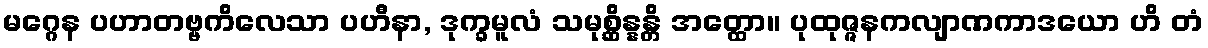
မဂ္ဂေန ပဟာတဗ္ဗကိလေသာ ပဟီနာ, ဒုက္ခမူလံ သမုစ္ဆိန္နန္တိ အတ္ထော။ ပုထုဇ္ဇနကလျာဏကာဒယော ဟိ တံ